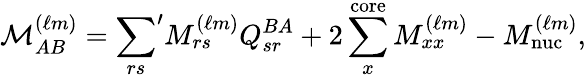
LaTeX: \mathcal{M}_{AB}^{(\ell m)}={\sum_{rs}}^{\prime}M_{rs}^{(\ell m)}Q_{sr}^{BA}+2\sum_{x}^{\mathrm{core}}M_{xx}^{(\ell m)}-M_{\mathrm{nuc}}^{(\ell m)},